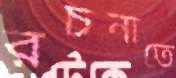
রচনাতে